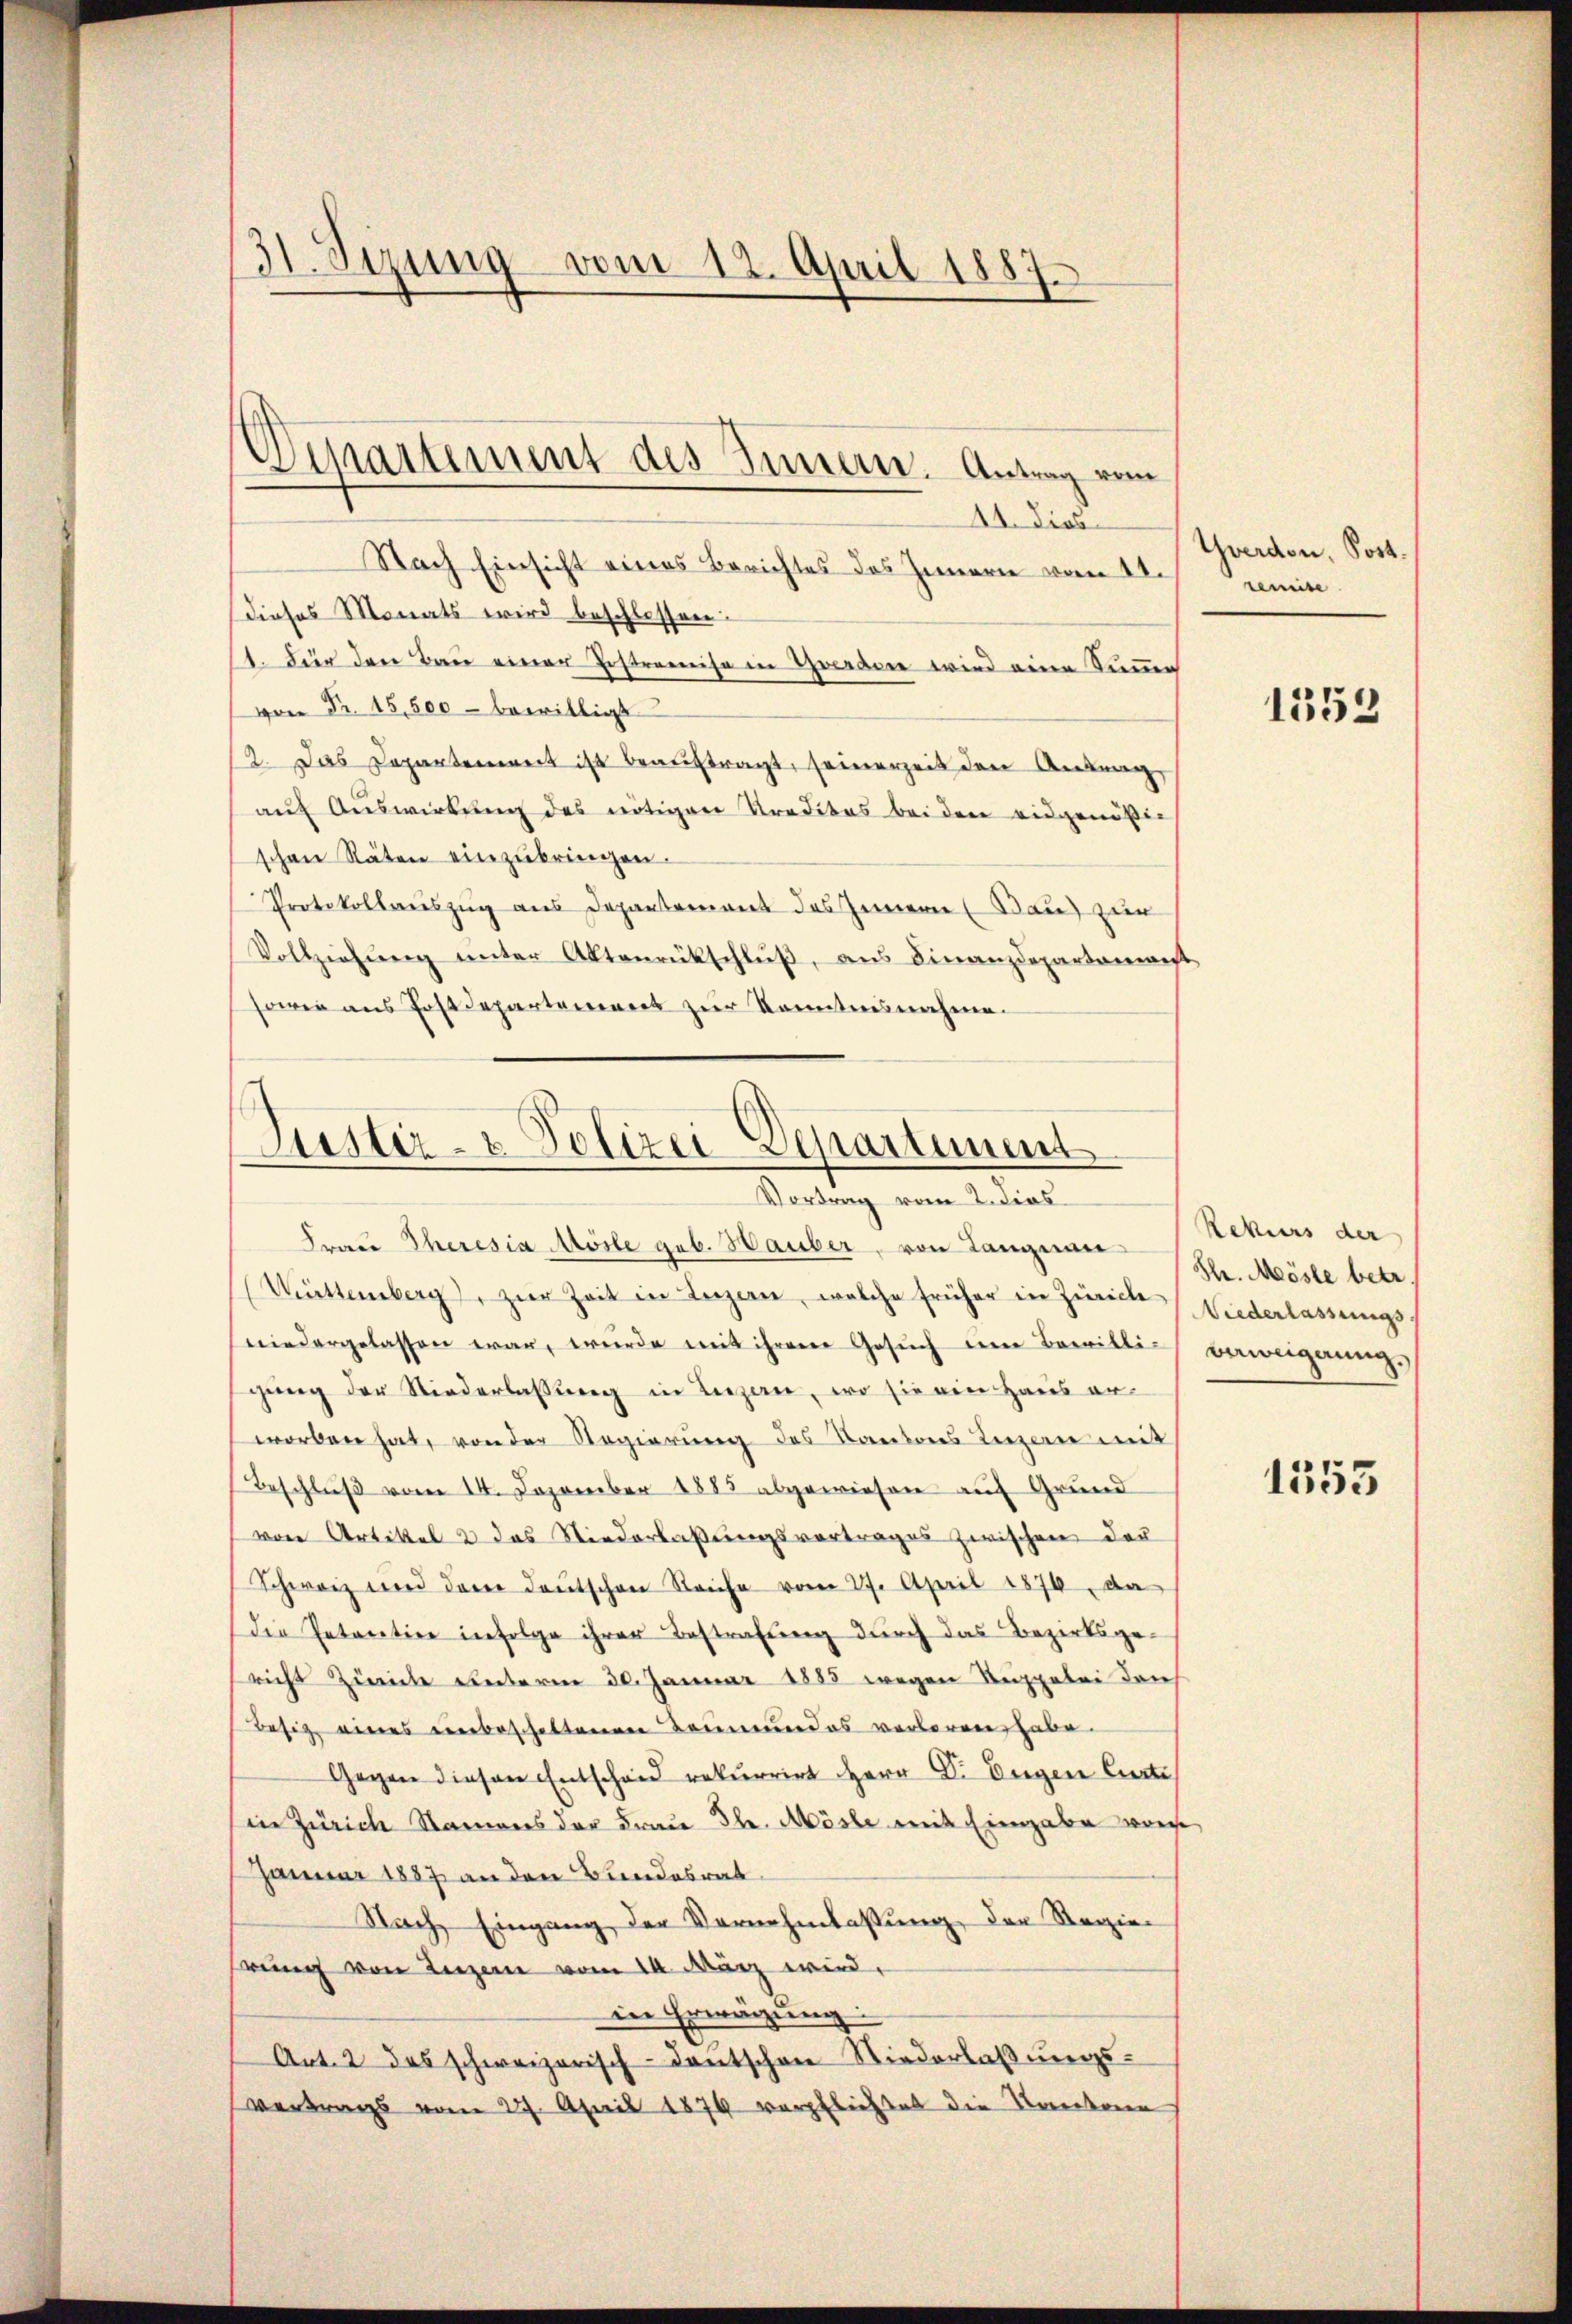
31. Sezung vom 12. April 1887

Nach Einsicht eines Berichtes des Innern vom 11.
Dieses Monats wird beschlossen:
11. Für den Bau einer Instramise in Gwerden wird eine Summe
 Fr. 15,500 bewilligt
2. Das Departement ist beauftragt, seinerzeit den Antrag,
aŭf Aŭswirkŭng des nötigen Kreditas beiden eidgenößig
schen Räten einzŭbringen.
Protokollweiszug aus Departement des Innern (Bau) zur
Vollziehung unter Aktenrückschluß, aus Finanzdepartement,
sowie aus Postdepartement zur Kenntnisnahme.

Departement des Innern. Antrag vom
11. dies

Justiz- & Polizei Separtiment
Vortrag vom 2. dies
Frau Theresia Mösle geb. Hauber, von Langnau

(Müttemberg, zŭr Zeit in Luzern, welche früher in Zürich Wiederlassungsniedergelassen war, wurde mit ihrem Gesŭch im Bewilli Beweigerungs
genug der Niederlassŭng in Luzern, wo sie ein Haus er-
worben hat, von der Regierung des Kantons Inzen mit
Beschluß vom 14. Dezember 1883 abgewiesen auf Grund
von Artikel 2 das Niederlaßungsvortrages zwischen der
Schweiz und dem deŭtschen Reiche vom 27. April 1876, da
Die Petartier infolge ihrer Bestrafung durch das Bezirksgesricht Zürich unterm 30. Januar 1885 wegen Suppelei der
Besitz eines verbeschaltenen Leumundes verloren habe.
Gegen diesen Entscheid rekurrirt Herr D. Eugen Curti
in Zürich Namens der Frau Th. Mösle mit Eingabe worde
Januar 1887 an den Bundesrat
Nach Eingang der Vernehmlassung der Regier
hrung von Luzern vom 14. März wird.
in Erwägung:
Art. 2 des schweizerisch-deŭtschen Niederlaβŭngs-
vertrags vom 27. April 1879 verpflichtet die Kantonen

Yverdon, Post.
semise

1553

Rekurs der
Sh. Möste betr

1353